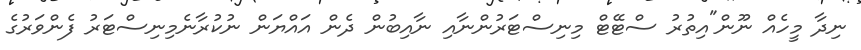
ނިދާ މީހެއް ނޫން"އިތުރު ސްޓޭޓް މިނިސްޓަރުންނާއި ނާއިބުން ދެން އައްޔަން ނުކުރާނެމިނިސްޓަރު ފެންވަރުގެ